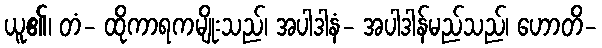
ယူ၏၊ တံ- ထိုကာရကမျိုးသည်၊ အပါဒါနံ- အပါဒါန်မည်သည်၊ ဟောတိ-